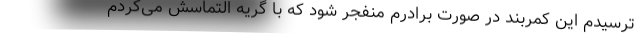
‌ترسیدم این کمربند در صورت برادرم منفجر شود که با گریه التماسش می‌کردم